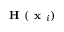
\textbf { H } ( \textbf { x } _ { i } )